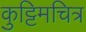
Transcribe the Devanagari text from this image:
कुट्टिमचित्र